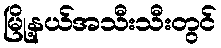
မြို့နယ်အသီးသီးတွင်